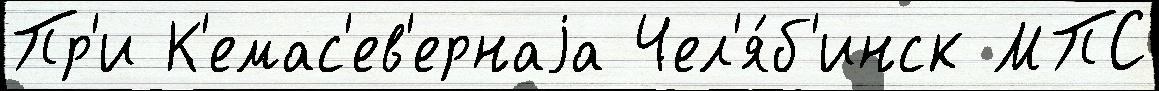
Пр'и К'емас'ев'ернаjа Чел'я́б'инск МПС